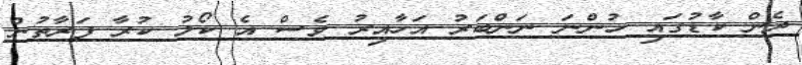
ދެން ކާޑުގައި ހުންނަ ނަންބަރު އަހާއިރު ވެސް އެ ކޯލު ކުރާ ފަރާތުން